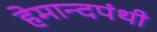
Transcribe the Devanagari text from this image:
हेमान्दपंथी